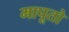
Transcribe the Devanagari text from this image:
मापूतो